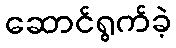
ဆောင်ရွက်ခဲ့